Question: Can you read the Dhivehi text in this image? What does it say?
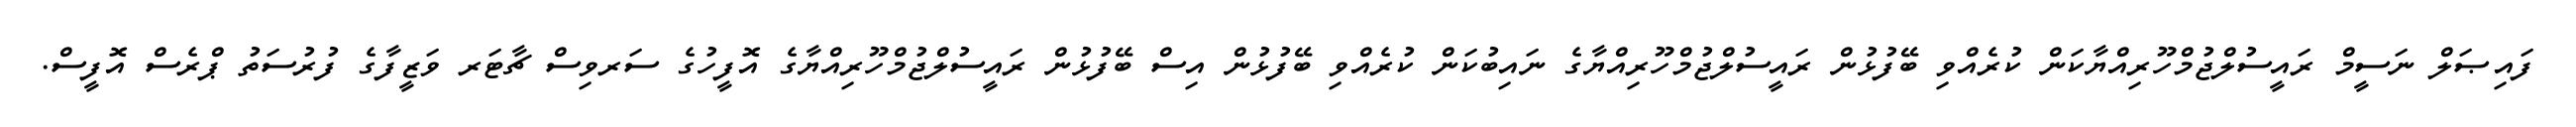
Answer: ފައިޞަލް ނަސީމް ރައީސުލްޖުމްހޫރިއްޔާކަން ކުރެއްވި ބޭފުޅުން ރައީސުލްޖުމްހޫރިއްޔާގެ ނައިބުކަން ކުރެއްވި ބޭފުޅުން އިސް ބޭފުޅުން ރައީސުލްޖުމްހޫރިއްޔާގެ އޮފީހުގެ ސަރވިސް ޗާޓަރ ވަޒީފާގެ ފުރުސަތު ޕްރެސް އޮފީސް.